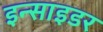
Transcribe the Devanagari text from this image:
इन्साइडर